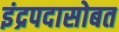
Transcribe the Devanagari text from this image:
इंद्रपदासोबत